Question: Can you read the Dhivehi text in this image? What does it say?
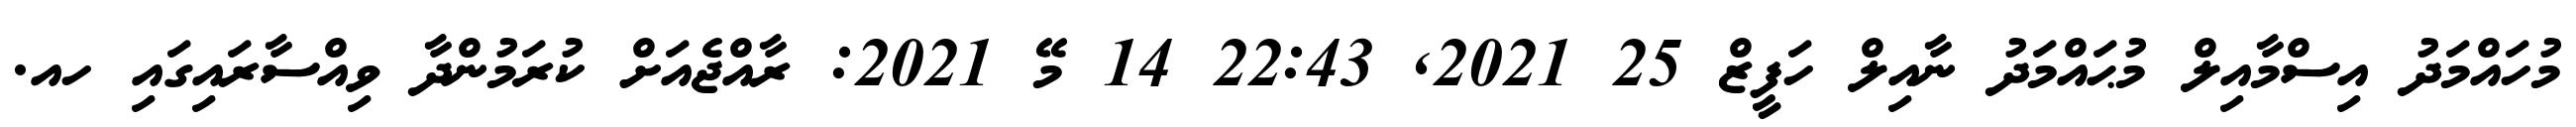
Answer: މުހައްމަދު އިސްމާއިލް މުޙައްމަދު ނާއިލް ހަފީޒް 25 2021, 22:43 14 މޭ 2021: ރާއްޖެއަށް ކުރަމުންދާ ވިއްސާރައިގައި ހއ.